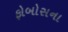
ફોબોસના